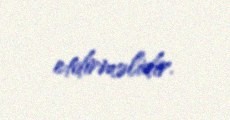
etdirməlidir.